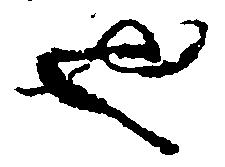
也